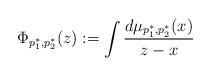
LaTeX: \begin{align*}\Phi_{p^*_1,p^*_2}(z):=\int\frac{d\mu_{p^*_1,p^*_2}(x)}{z-x}\end{align*}